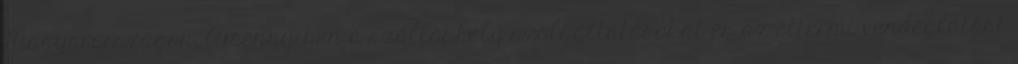
Magyarországon. Amennyiben a szálláshely szolgáltatásokat és az éttermi vendéglátást